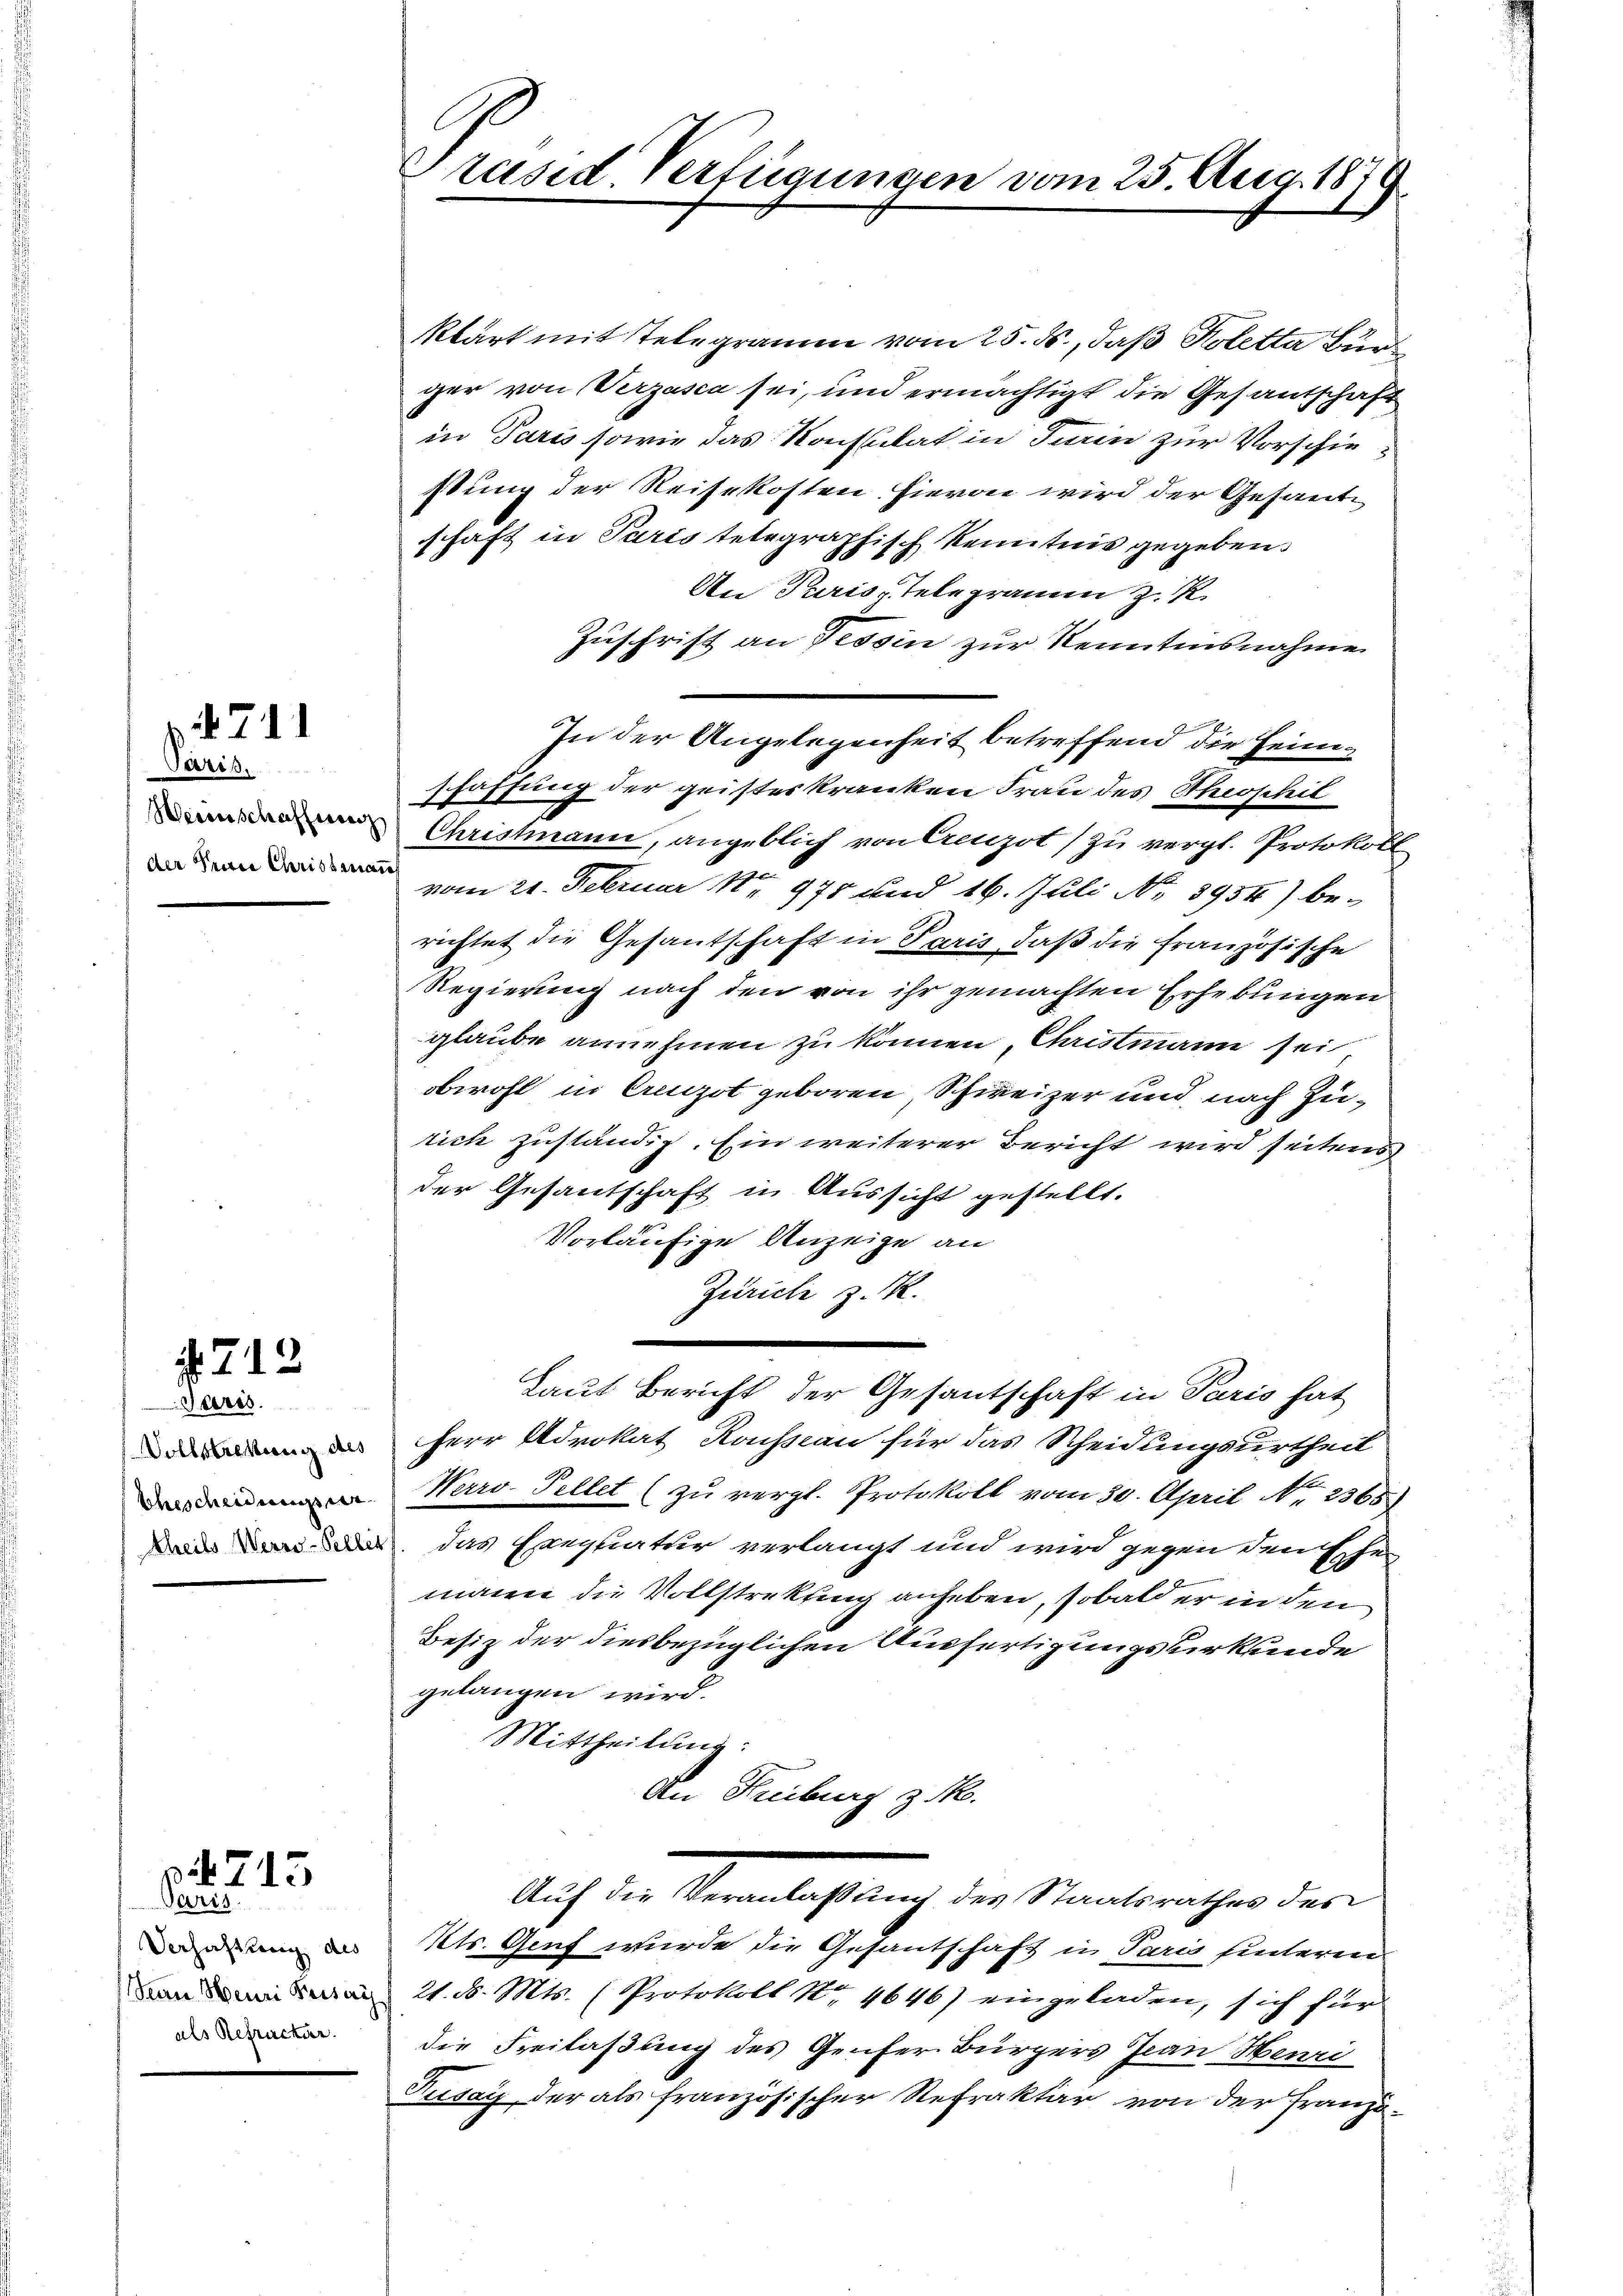
L. 711

Garr
der Seine Christenan

212

Geeres
Vollstretung des
Ehescheiderrungsver

3. 715

Paris
Verhaltung des
als Refrucker.

Präsid. Verfügungen vom 25. Aug. 1879

klärt mit Telegramm vom 25. ds., daß Koletta Bür
ger von Verzasca sei, und ermächtigt die Gesandschaft
in Paris sowie das Konsulat in Turin zur Vorschiestung der Reisekosten hievon wird der Gesante
schaft in Paris telegraphisch Kenntnis gegeben.
An Paris Telegramm z. R.
Zuschrift an Tessin zur Kenntnisnahme
In der Angelegenheit betreffend die Heimschaffung der geisteskranken Frau des Theophil
 Christmann, angeblich von Aegot (zu vergl. Protokoll
vom 20. Februar Nr 975 und 16. Juli No 3954) be-
richtet die Gesantschaft in Paris, daß die Französische
Regierung nach den von ihr gemachten Erhebungen
glaube annehmen zu können, Christmann sei,
obwohl in Creizot geboren Schweizer und nach Zürich zuständig. Ein weiterer Bericht wird seitens
der Gesantschaft in Aussicht gestellt.
Vorläufige Anzeige an
Zürich z. R.
Laut Bericht der Gesantschaft in Paris hat
Herr Advokat Kassau für das Scheidungsurtheil
Werro-Tellet (zu vergl. Protokoll vom 30. April No 2365.)
 das Exequatur verlangt und wird gegen denschen
mann die Vollstrekling anheben, sobald er in den
Besiz der diesbezüglichen Ausfertigungsurkunde
gelangen wird.
Mittheilung:
An Freiburg z.
Auf die Veranlagung der Standerathen der
Kts. Genf wurde die Gesantschaft in Paris hinteren
n 21. d. Mts. (Protokoll Nr. 4646) eingeladen, sich für
die Freilaßung des Genfer Bürgers Jean Henri
Pusay der als französischer Refrakter von der Franzö-